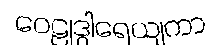
ဝေဠုဒွါရေယျကာ